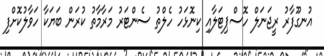
އުނގޫފާރު ރީޖަނަލް ހޮސްޕިޓަލާއި ކިނޮޅަހު ހެލްތު ސެންޓަރު މަރާމާތު ކުރަން ބަޔަކާ ހަވާލުކޮށްފި